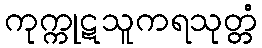
ကုက္ကုဋသူကရသုတ္တံ